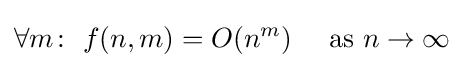
\forall m\colon ~f(n,m)=O(n^{m})\quad {\text{ as }}n\to \infty